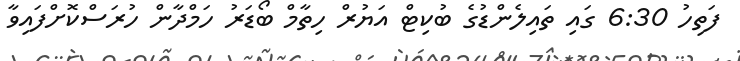
ފަތިހު 6:30 ގައި ތައިލެންޑުގެ ބުކިޓް އަޔުރް ހިތާމް ބޯޑަރު ހަމްދާން ހުރަސްކޮށްފައިވާ